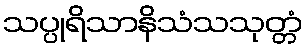
သပ္ပုရိသာနိသံသသုတ္တံ